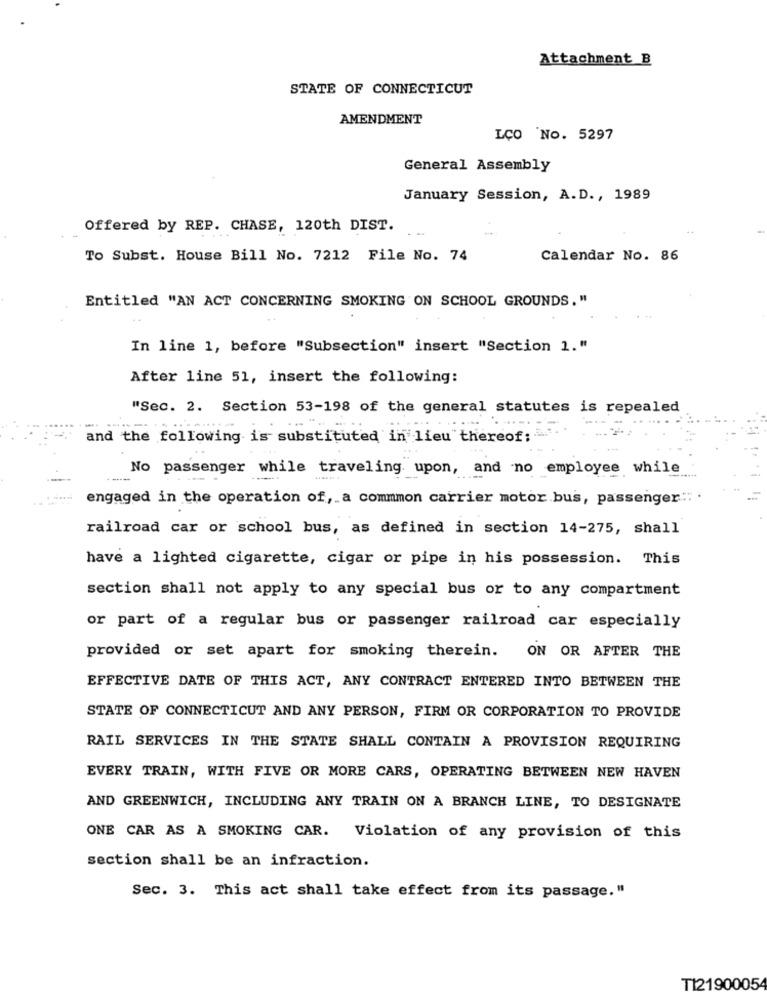
Attachment B
STATE OF CONNECTICUT
AMENDMENT
LÇO No. 5297
General Assembly
January Session, A.D ., 1989
Offered by REP. CHASE, 120th DIST.
To Subst. House Bill No. 7212 File No. 74
Calendar No. 86
Entitled "AN ACT CONCERNING SMOKING ON SCHOOL GROUNDS. "
In line 1, before "Subsection" insert "Section 1."
After line 51, insert the following:
"Sec. 2. Section 53-198 of the general statutes is repealed
and the following is substituted in lieu thereof:
No passenger while traveling. upon, and no employee while
engaged in the operation of, a commmon carrier motor bus, passenger:" .
railroad car or school bus, as defined in section 14-275, shall
have a lighted cigarette, cigar or pipe in his possession. This
section shall not apply to any special bus or to any compartment
or part of a regular bus or passenger railroad car especially
provided or set apart for smoking therein. ON OR AFTER THE
EFFECTIVE DATE OF THIS ACT, ANY CONTRACT ENTERED INTO BETWEEN THE
STATE OF CONNECTICUT AND ANY PERSON, FIRM OR CORPORATION TO PROVIDE
RAIL SERVICES IN THE STATE SHALL CONTAIN A PROVISION REQUIRING
EVERY TRAIN, WITH FIVE OR MORE CARS, OPERATING BETWEEN NEW HAVEN
AND GREENWICH, INCLUDING ANY TRAIN ON A BRANCH LINE, TO DESIGNATE
ONE CAR AS A SMOKING CAR. Violation of any provision of this
section shall be an infraction.
Sec. 3. This act shall take effect from its passage."
T12190005